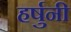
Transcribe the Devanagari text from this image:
हर्षुनी